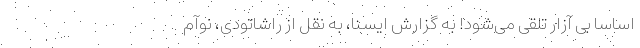
اساسا بی آزار تلقی می‌شود! به گزارش ایسنا، به نقل از راشاتودی، نوآم